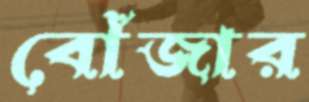
বোঁজার